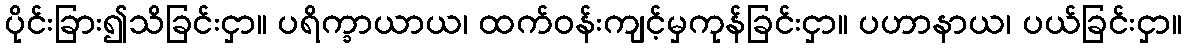
ပိုင်းခြား၍သိခြင်းငှာ။ ပရိက္ခာယာယ၊ ထက်ဝန်းကျင့်မှကုန်ခြင်းငှာ။ ပဟာနာယ၊ ပယ်ခြင်းငှာ။